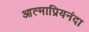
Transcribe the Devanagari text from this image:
आत्माप्रियनंदा